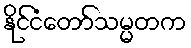
နိုင်ငံတော်သမ္မတက